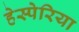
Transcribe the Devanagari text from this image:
हेस्पेरिया